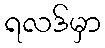
ရလဒ်မှာ